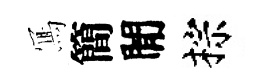
𭂁簡閒棕